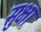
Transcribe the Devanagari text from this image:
सुक्षा